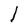
Character: l